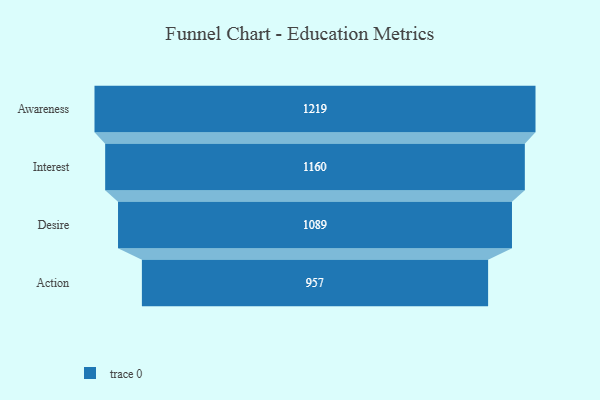
{"axis": {"x": "Stage", "y": "Value"}, "legend": [""], "data": [{"x": "Awareness", "y": 1219.0, "type": ""}, {"x": "Interest", "y": 1160.0, "type": ""}, {"x": "Desire", "y": 1089.0, "type": ""}, {"x": "Action", "y": 957.0, "type": ""}]}